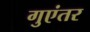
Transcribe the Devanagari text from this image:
गुएंतर